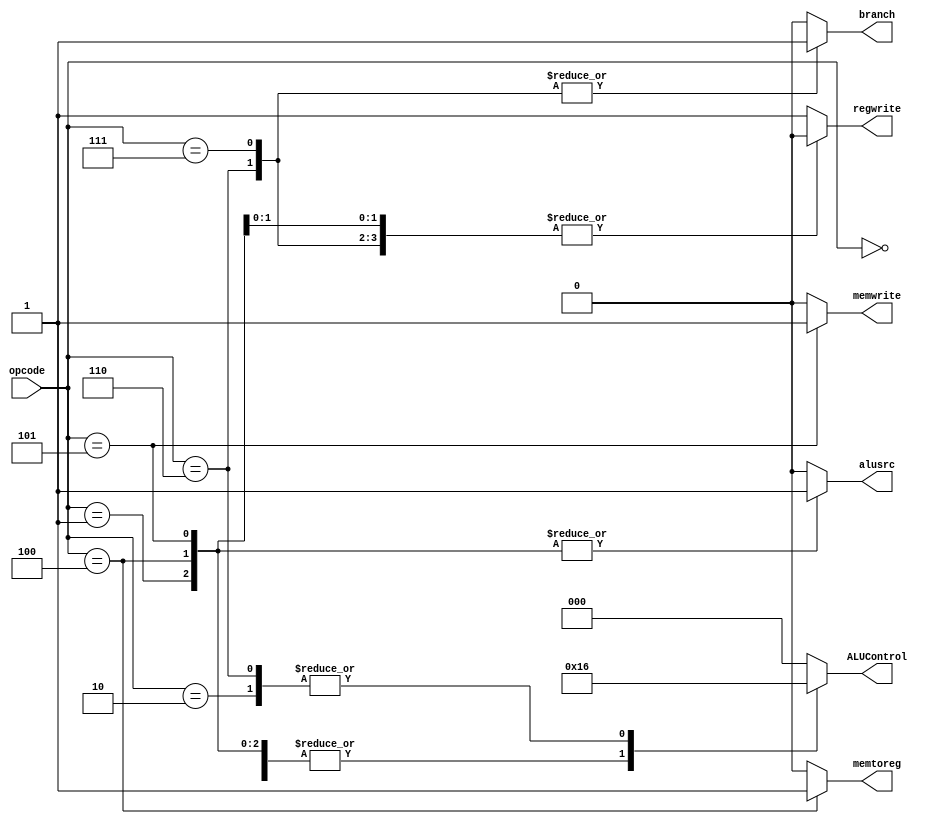
`timescale 1ns / 1ps

module CONTROL(
		input  wire	[3:0]	opcode,
		output reg			branch,
		output reg [2:0]	ALUControl,
		output reg			memwrite, memtoreg,
		output reg			regwrite, alusrc);

	always @(*) begin
		/* defaults */
		ALUControl[2:0]	<= 3'b000;
		alusrc			<= 1'b0;
		branch			<= 1'b0;
		memtoreg		<= 1'b0;
		memwrite		<= 1'b0;
		regwrite		<= 1'b1;

		case (opcode)
			4'b0000: begin	/* add */
				ALUControl[2:0]	<= 3'b010;
				//memwrite		<= 1'b1;
			end
			4'b0001: begin	/* addi */
				ALUControl[2:0]	<= 3'b010;
				alusrc   		<= 1'b1;
				//memwrite		<= 1'b1;
			end
			4'b0010: begin	/* sub */
				ALUControl[2:0]	<= 3'b110;
				//memwrite		<= 1'b1;
			end
			4'b0011: begin	/* and */
				ALUControl[2:0]	<= 3'b000;
				//memwrite		<= 1'b1;
			end
			4'b0100: begin	/* lw */
				ALUControl[2:0]	<= 3'b010;
				alusrc   		<= 1'b1;
				memtoreg        <= 1'b1;
				regwrite		<= 1'b0;
			end
			4'b0101: begin	/* sw */
				ALUControl[2:0]	<= 3'b010;
				alusrc   		<= 1'b1;
				memwrite		<= 1'b1;
				regwrite		<= 1'b0;
			end
			4'b0110: begin	/* bne */
				ALUControl[2:0]	<= 3'b110;
				branch 			<= 1'b1;
				regwrite		<= 1'b0;
			end
			4'b0111: begin	/* j */
				branch 			<= 1'b1;
				regwrite		<= 1'b0;
			end
		endcase
	end
endmodule